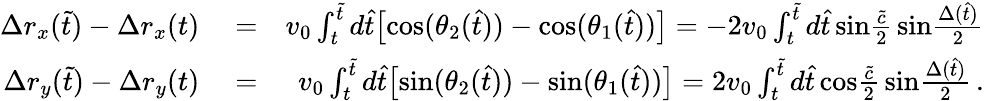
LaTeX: \begin{array}{rlr}{\Delta r_{x}(\tilde{t})-\Delta r_{x}(t)}&{{}=}&{v_{0}\int_{t}^{\tilde{t}}d\hat{t}\big[\mathrm{cos}(\theta_{2}(\hat{t}))-\mathrm{cos}(\theta_{1}(\hat{t}))\big]=-2v_{0}\int_{t}^{\tilde{t}}d\hat{t}\, \mathrm{sin}{\frac{\tilde{c}}{2}}\, \mathrm{sin}{\frac{\Delta(\hat{t})}{2}}}\\ {\Delta r_{y}(\tilde{t})-\Delta r_{y}(t)}&{{}=}&{v_{0}\int_{t}^{\tilde{t}}d\hat{t}\big[\mathrm{sin}(\theta_{2}(\hat{t}))-\mathrm{sin}(\theta_{1}(\hat{t}))\big]=2v_{0}\int_{t}^{\tilde{t}}d\hat{t}\, \mathrm{cos}{\frac{\tilde{c}}{2}}\, \mathrm{sin}{\frac{\Delta(\hat{t})}{2}}\, .}\end{array}